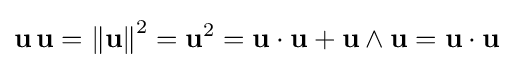
\mathbf {u} \,\mathbf {u} ={\Vert \mathbf {u} \Vert }^{2}={\mathbf {u} }^{2}=\mathbf {u} \cdot \mathbf {u} +\mathbf {u} \wedge \mathbf {u} =\mathbf {u} \cdot \mathbf {u}